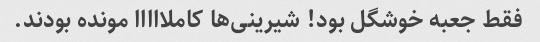
فقط جعبه خوشگل بود! شیرینی‌ها کاملااااا مونده بودند.